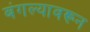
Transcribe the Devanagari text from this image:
बंगल्यावरून